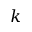
k